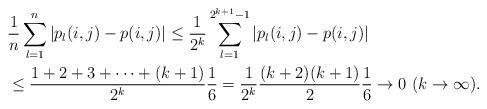
LaTeX: \begin{align*} &\frac{1}{n}\sum_{l=1}^n|p_l(i,j)-p(i,j)| \leq \frac{1}{2^k}\sum_{l=1}^{2^{k+1}-1}|p_l(i,j)-p(i,j)|\\ & \leq \frac{1+2+3+\cdots+(k+1)}{2^k}\frac{1}{6}=\frac{1}{2^k}\frac{(k+2)(k+1)}{2}\frac{1}{6}\rightarrow 0 \ (k\rightarrow \infty). \end{align*}